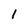
Character: 1